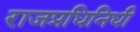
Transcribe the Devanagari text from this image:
राजप्रधिनिधी